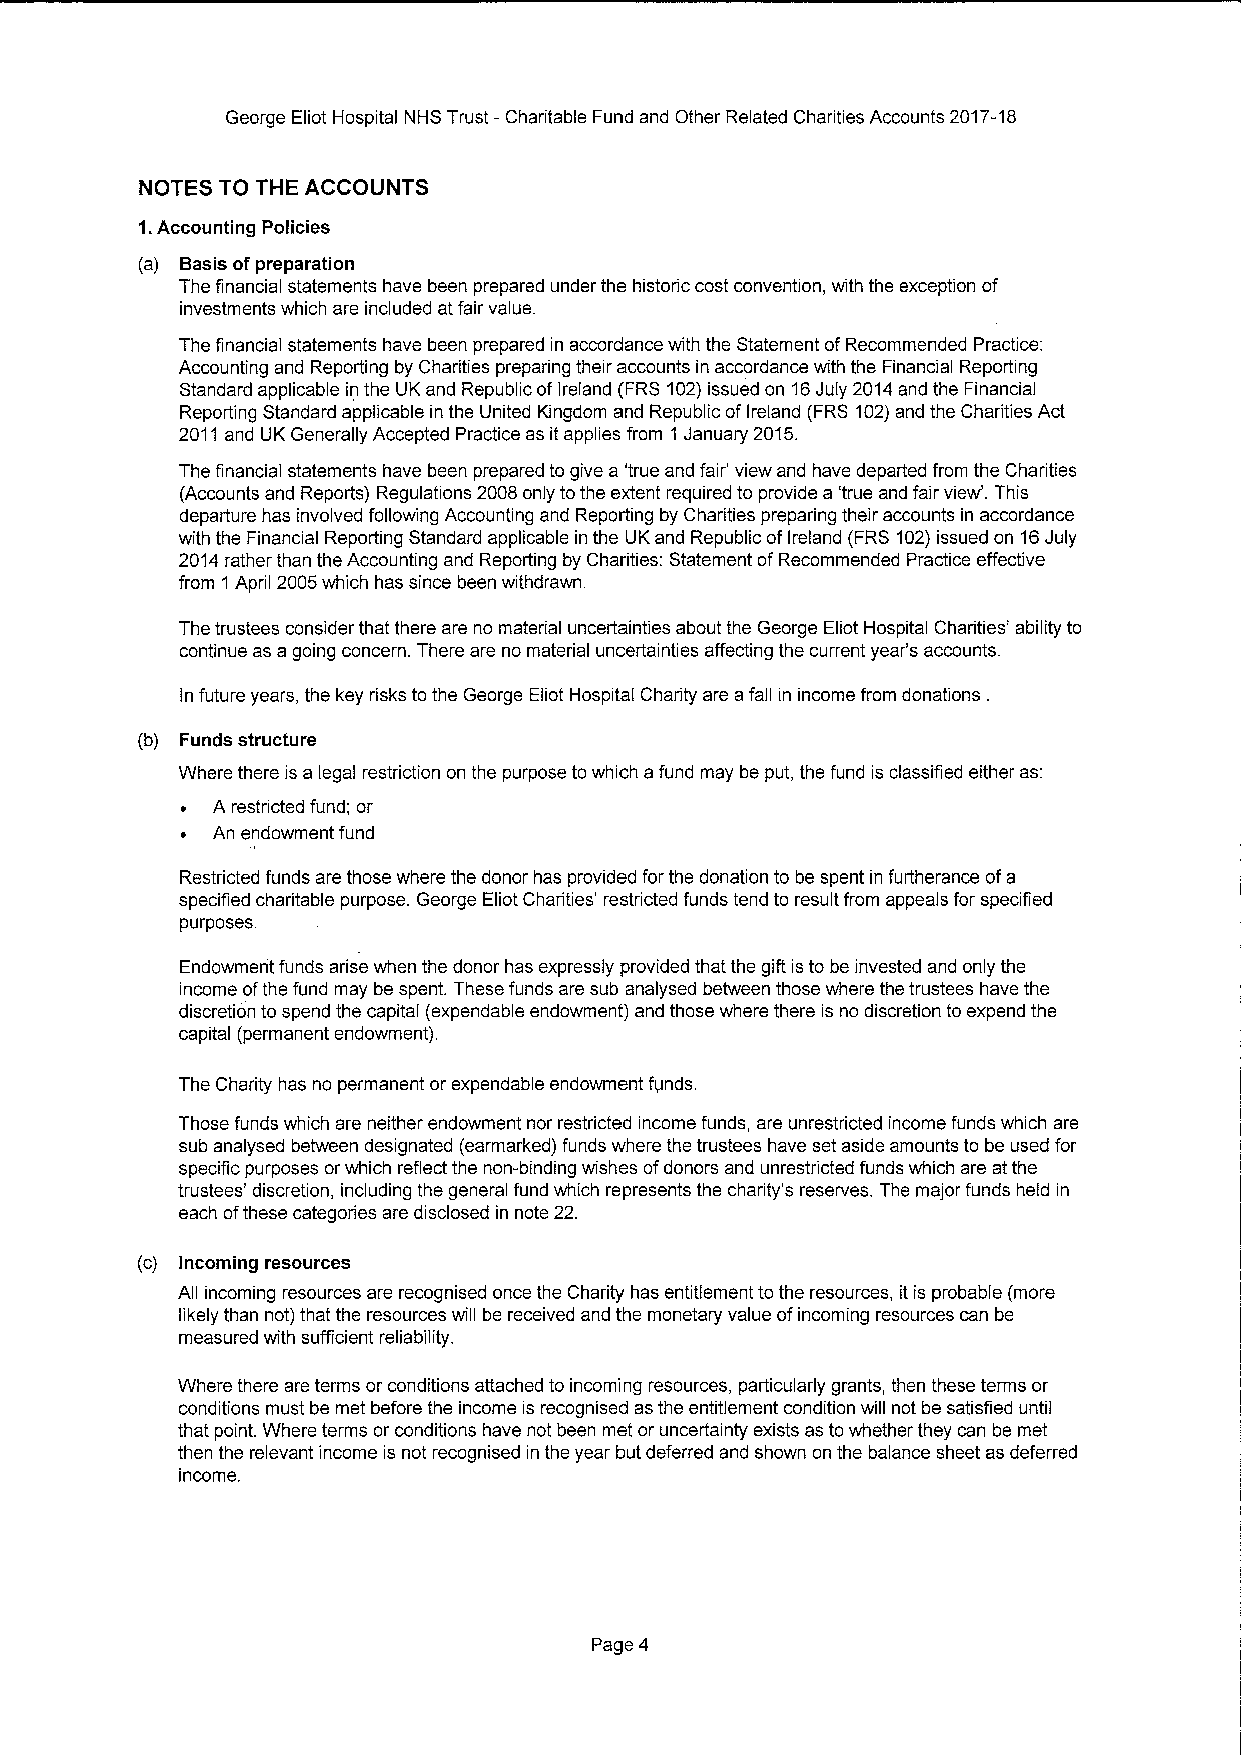
George Eliot Hospital NHS Trust —Charitable Fund and Other Related Charities Accounts 2017-18
 NOTES TO THE ACCOUNTS
 1.Accounting Policies
 (a) Basis ofpreparation
 The financial statements have been prepared under the historic cost convention, with the exception of
 investments which are included at fair value.
 The financial statements have been prepared in accordance with the Statement ofRecommended Practice:
 Accounting and Reporting by Charities preparing their accounts in accordance with the Financial Reporting
 Standard applicable in the UK and Republic ofIreland (FRS 102)issued on 16July 2014and the Financial
 Reporting Standard applicable in the United Kingdom and Republic of Ireland (FRS 102)and the Charities Act
 2011and UK Generally Accepted Practice as itapplies from 1 January 2015.
 The financial statements have been prepared to give a 'true and fair' view and have departed from the Charities
 (Accounts and Reports) Regulations 2008 only tothe extent required to provide a 'true and fair view'. This
 departure has involved following Accounting and Reporting by Charities preparing their accounts in accordance
 with the Financial Reporting Standard applicable in the UK and Republic ofIreland (FRS 102)issued on 16July
 2014rather than the Accounting and Reporting by Charities: Statement ofRecommended Practice effective
 from 1 April 2005which has since been withdrawn.
 The trustees consider that there are no material uncertainties about the George Eliot Hospital Charities' ability to
 continue as a going concern. There are no material uncertainties affecting the current year's accounts.
 In future years, the key risks to the George Eliot Hospital Charity are afall in income from donations .
 (b) Funds structure
 Where there is a legal restriction on the purpose towhich afund may be put, the fund is classified either as:
 A restricted fund; or
 An endowment fund
 Restricted funds are those where the donor has provided for the donation to be spent in furtherance ofa
 specified charitable purpose. George Eliot Charities' restricted funds tend to result from appeals for specified
 purposes.
 Endowment funds arise when the donor has expressly provided that the gift isto be invested and only the
 income ofthe fund may be spent. These funds are sub analysed between those where the trustees have the
 discretion to spend the capital (expendable endowment) and those where there is no discretion to expend the
 capital (permanent endowment).
 The Charity has no permanent or expendable endowment funds.
 Those funds which are neither endowment nor restricted income funds, are unrestricted income funds which are
 sub analysed between designated (earmarked) funds where the trustees have set aside amounts to be used for
 specific purposes orwhich reflect the non-binding wishes ofdonors and unrestricted funds which are atthe
 trustees' discretion, including the general fund which represents the charity's reserves. The major funds held in
 each ofthese categories are disclosed in note 22.
 (c) Incoming resources
 All incoming resources are recognised once the Charity has entitlement tothe resources, it is probable (more
 likely than not) that the resources will be received and the monetary value ofincoming resources can be
 measured with sufficient reliability.
 Where there are terms or conditions attached to incoming resources, particularly grants, then these terms or
 conditions must be met before the income is recognised as the entitlement condition will not be satisfied until
 that point. Where terms or conditions have not been met or uncertainty exists as towhether they can be met
 then the relevant income is not recognised in the year but deferred and shown on the balance sheet as deferred
 income.
 Page 4